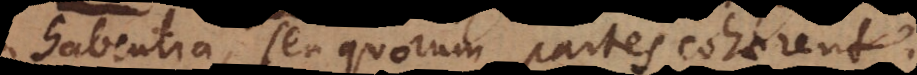
habentia, seu quorum partes cohaerent.